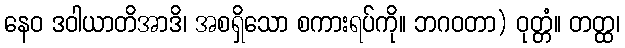
နေဝ ဒဝါယာတိအာဒိ၊ အစရှိသော စကားရပ်ကို။ ဘဂဝတာ) ဝုတ္တံ။ တတ္ထ၊